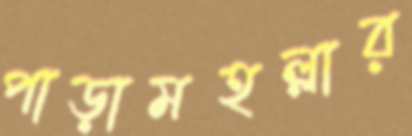
পাড়ামহল্লার